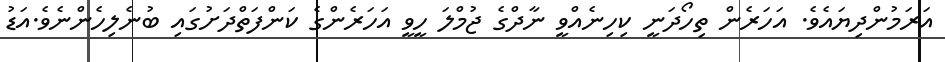
އަރަމުންދިޔައެވެ. އަހަރެން ތިހޯދަނީ ކިހިނެއްވީ ނާދްގެ ޖުމްލަ ހީވީ އަހަރެންގެ ކަންފަތްދަށުގައި ބުނެލިހެންނެވެ.އަޑު